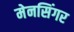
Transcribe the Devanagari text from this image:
मेनसिंगर